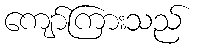
ကျော်ကြားသည်